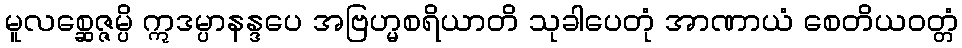
မူလစ္ဆေဇ္ဇမ္ပိ ဣဒမ္ပာနန္ဒပေ အဗြဟ္မစရိယာတိ သုခါပေတုံ အာဏာယံ စေတိယဝတ္တံ